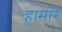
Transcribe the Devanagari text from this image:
हामारे